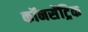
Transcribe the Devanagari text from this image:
कॉनसेंट्रिक